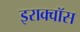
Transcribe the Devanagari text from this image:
इराक्वॉस